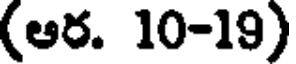
(ఆర. 10-19)